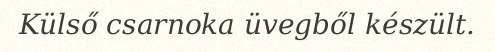
Külső csarnoka üvegből készült.